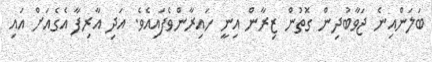
ބަލަންއިނެ ޖަވާބުދިން ގޮތުން ޒިރާން އިނީ ހައިރާންވެފައިއެވެ. އަދި އާރިފާ އެގެއަށް އައި